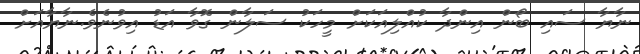
ނާޔާ ސައި ބޯން އިންދާ ކުއްލިއަކަށް މީހަކު ސަލާން ގޮވާ އަޑު އިވުނެވެ.ނާޔާއަށް